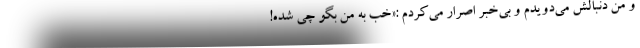
و من دنبالش می‌دویدم و بی‌خبر اصرار می‌کردم :«خب به من بگو چی شده!